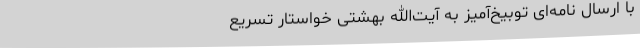
با ارسال‌ نامه‌ای‌ توبیخ‌آمیز به‌ آیت‌الله بهشتی‌ خواستار تسریع ‌